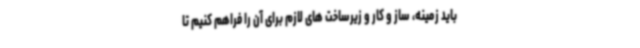
باید زمینه، ساز و کار و زیرساخت های لازم برای آن را فراهم کنیم تا